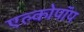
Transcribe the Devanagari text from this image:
एल्कोपॉप